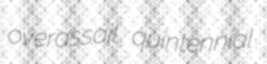
overassail quintennial